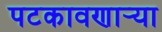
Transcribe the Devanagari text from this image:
पटकावणार्‍या